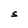
Character: S